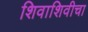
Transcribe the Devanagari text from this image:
शिवाशिवीचा